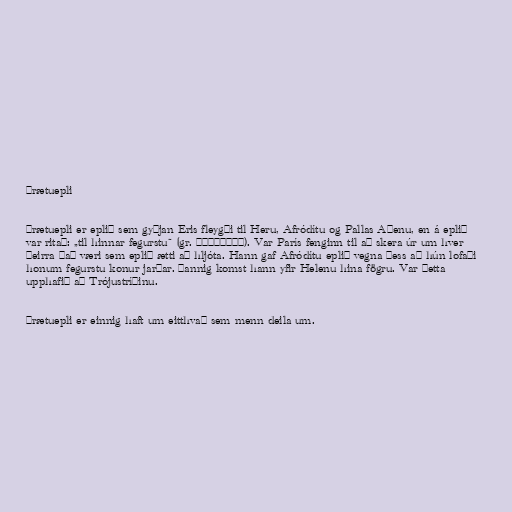
Þrætuepli

Þrætuepli er eplið sem gyðjan Eris fleygði til Heru, Afródítu og Pallas Aþenu, en á eplið
var ritað: „til hinnar fegurstu“ (gr. καλλιστι). Var París fenginn til að skera úr um hver
þeirra það væri sem eplið ætti að hljóta. Hann gaf Afródítu eplið vegna þess að hún lofaði
honum fegurstu konur jarðar. Þannig komst hann yfir Helenu hina fögru. Var þetta
upphafið að Trójustríðinu.

Þrætuepli er einnig haft um eitthvað sem menn deila um.